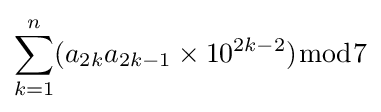
\sum _{k=1}^{n}(a_{2k}a_{2k-1}\times 10^{2k-2}){\bmod {7}}